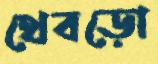
থেবড়ো